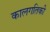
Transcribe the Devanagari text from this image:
कालगतिकी